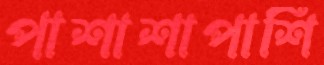
পাশাশাপাশি